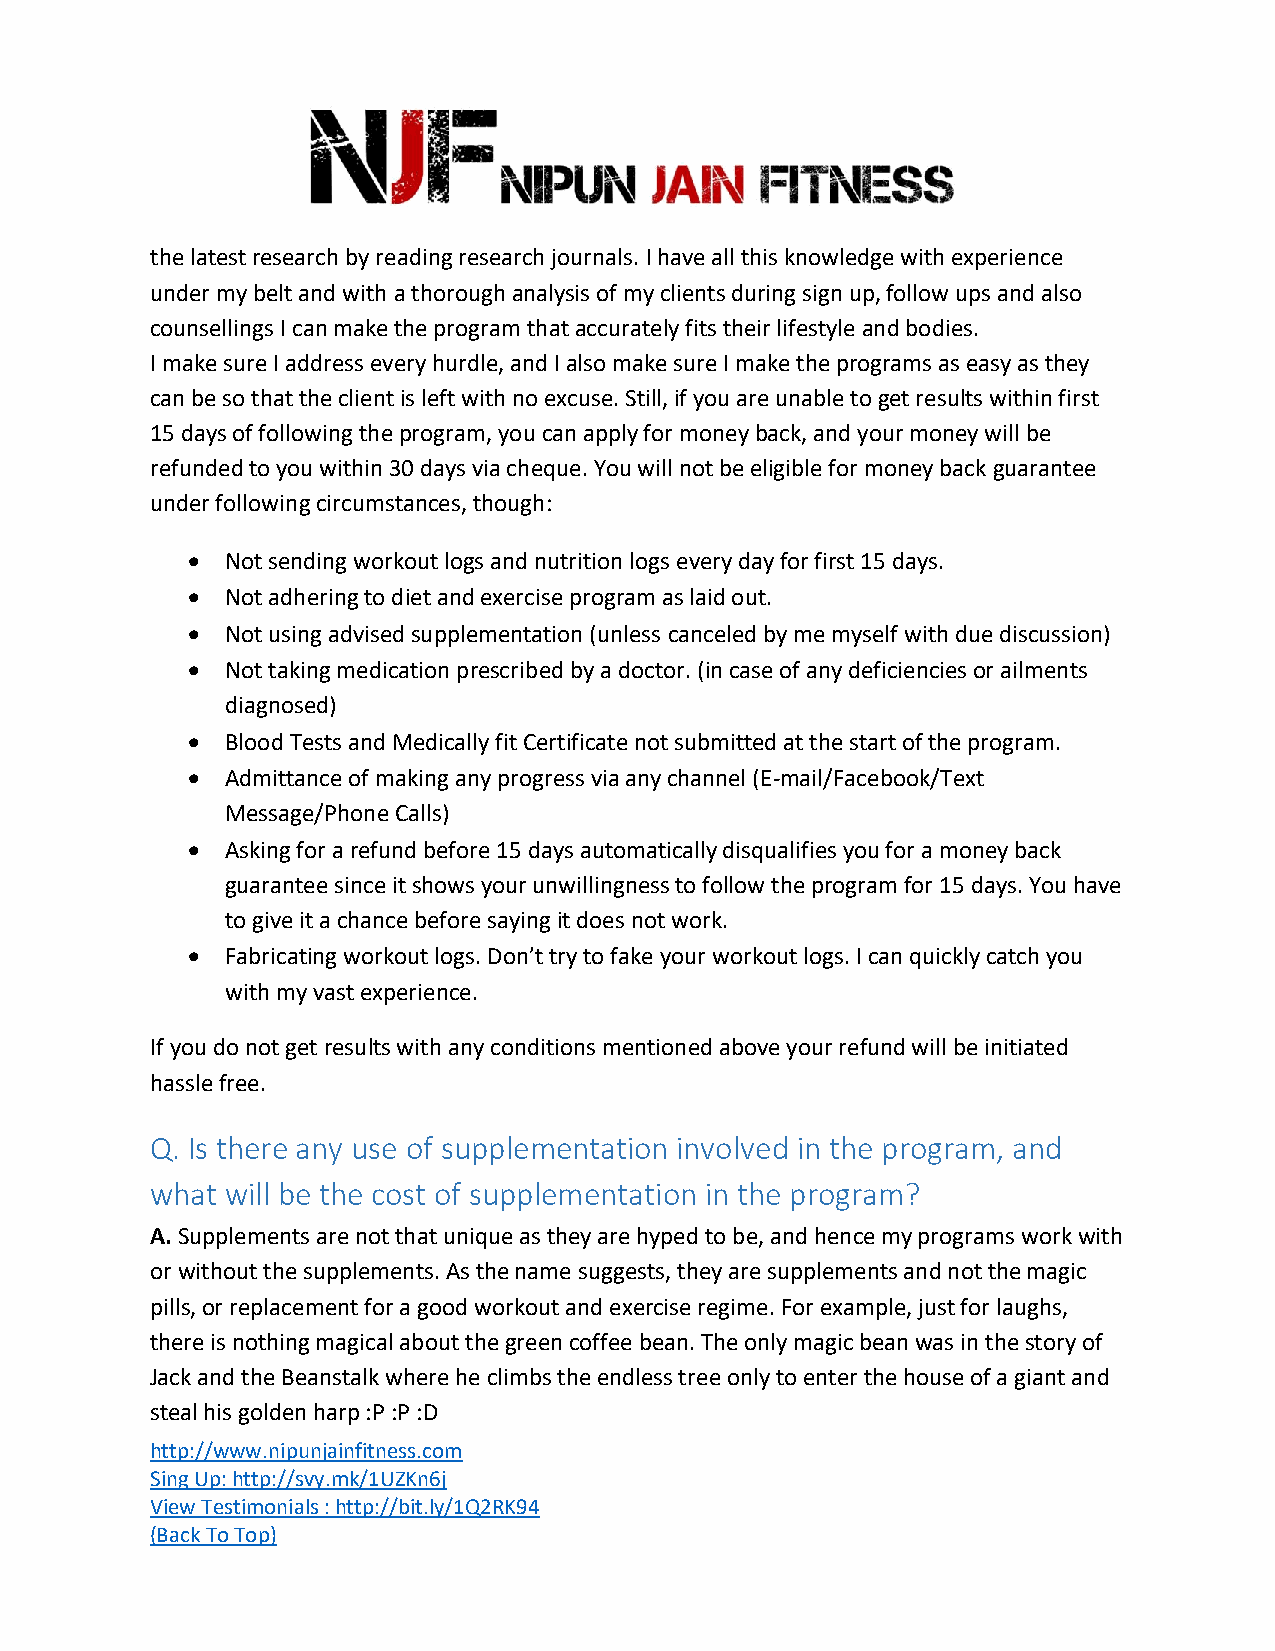
the latest research by reading research journals. I have all this knowledge with experience
 under my belt and with a thorough analysis of my clients during sign up, follow ups and also
 counsellings I can make the program that accurately fits their lifestyle and bodies.
 I make sure I address every hurdle, and I also make sure I make the programs as easy as they
 can be so that the client is left with no excuse. Still, if you are unable to get results within first
 15 days of following the program, you can apply for money back, and your money will be
 refunded to you within 30 days via cheque. You will not be eligible for money back guarantee
 under following circumstances, though:
 •  Not sending workout logs and nutrition logs every day for first 15 days.
 •  Not adhering to diet and exercise program as laid out.
 •  Not using advised supplementation (unless canceled by me myself with due discussion)
 •  Not taking medication prescribed by a doctor. (in case of any deficiencies or ailments
 diagnosed)
 •  Blood Tests and Medically fit Certificate not submitted at the start of the program.
 •  Admittance of making any progress via any channel (E-mail/Facebook/Text
 Message/Phone Calls)
 •  Asking for a refund before 15 days automatically disqualifies you for a money back
 guarantee since it shows your unwillingness to follow the program for 15 days. You have
 to give it a chance before saying it does not work.
 •  Fabricating workout logs. Don’t try to fake your workout logs. I can quickly catch you
 with my vast experience.
 If you do not get results with any conditions mentioned above your refund will be initiated
 hassle free.
 Q. Is there any use of supplementation involved in the program, and
 what will be the cost of supplementation in the program?
 A. Supplements are not that unique as they are hyped to be, and hence my programs work with
 or without the supplements. As the name suggests, they are supplements and not the magic
 pills, or replacement for a good workout and exercise regime. For example, just for laughs,
 there is nothing magical about the green coffee bean. The only magic bean was in the story of
 Jack and the Beanstalk where he climbs the endless tree only to enter the house of a giant and
 steal his golden harp :P :P :D
 http://www.nipunjainfitness.com
 Sing Up: http://svy.mk/1UZKn6j
 View Testimonials : http://bit.ly/1Q2RK94
 (Back To Top)